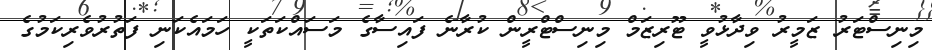
މިނިސްޓަރު ޒަމީރު ވިދާޅުވީ ޓޫރިޒަމް މިނިސްޓްރީން ކުރާނެ ފައިސާގެ މަސައްކަތަކީ ހަމައެކަނި ފަތުރުވެރިކަމުގެ